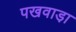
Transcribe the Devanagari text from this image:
पखवाडा़